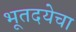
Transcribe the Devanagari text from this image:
भूतदयेचा